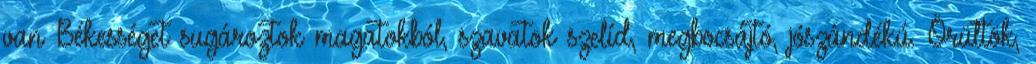
van Békességet sugároztok magatokból, szavatok szelíd, megbocsájtó, jószándékú. Örültök,